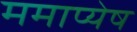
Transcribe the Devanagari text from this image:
ममाप्येष